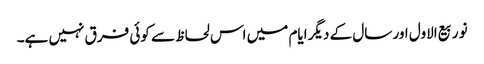
نو ربیع الاول اور سال کے دیگر ایام میں اس لحاظ سے کوئی فرق نہیں ہے۔